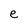
Character: e